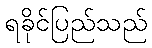
ရခိုင်ပြည်သည်